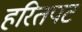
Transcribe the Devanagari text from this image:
हरितपट